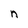
Character: n